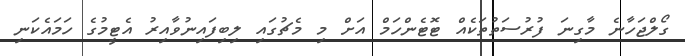
ގޯލްޖަހާނެ މާގިނަ ފުރުސަތުތަކެއް ޓޮޓެންހަމް އަށް މި މެޗުގައި ލިބިފައިނުވާއިރު އެޓީމުގެ ހަމައެކަނި